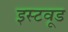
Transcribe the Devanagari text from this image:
इस्टवूड